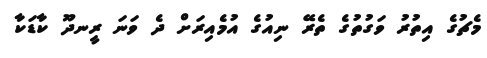
މެޗުގެ އިތުރު ވަގުތުގެ ތެރޭ ނިއުގެ އުމެއިރަށް ދެ ވަނަ ރީނދޫ ކާޑަކާ